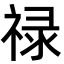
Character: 禄